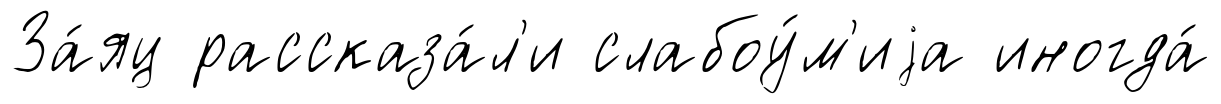
За́яц рассказа́л'и слабоу́м'иjа иногда́